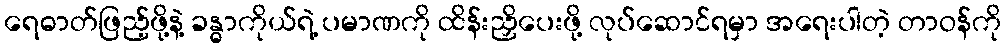
ရေဓာတ်ဖြည့်ဖို့နဲ့ ခန္ဓာကိုယ်ရဲ့ ပမာဏကို ထိန်းညှိပေးဖို့ လုပ်ဆောင်ရမှာ အရေးပါတဲ့ တာဝန်ကို